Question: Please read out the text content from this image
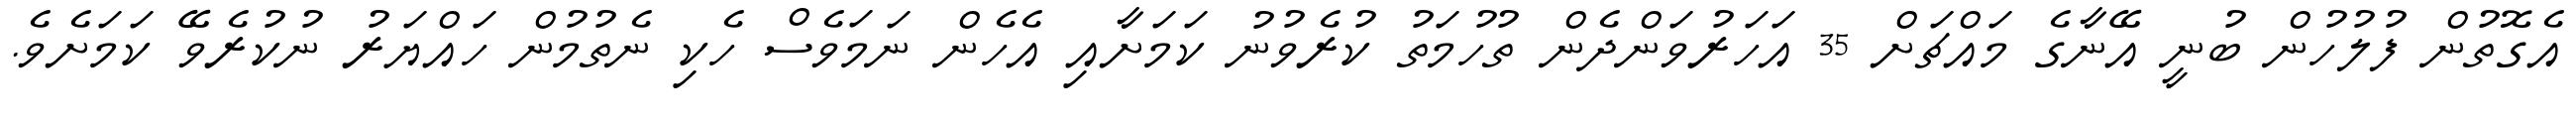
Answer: އެގޮތުން ފުލުހުން ބުނީ އޭނާގެ މައްޗަށް 35 އަހަރުވަންދެން ތުހުމަތު ކުރެވުނު ކަމަށާއި އެހެން ނަމަވެސް ހެކި ނެތުމުން ހައްޔަރު ނުކުރެވޭ ކަމަށެވެ.